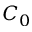
C _ { 0 }